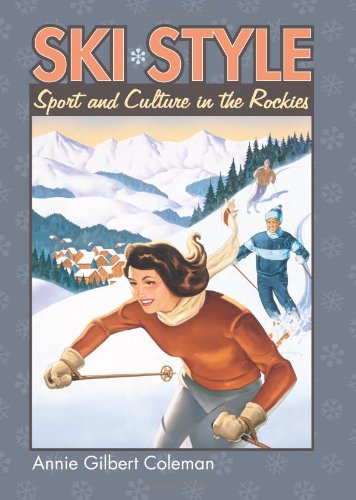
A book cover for Ski Style: Sport and Culture in the Rockies (Cultureamerica); Annie Gilbert Coleman; Sports & Outdoors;